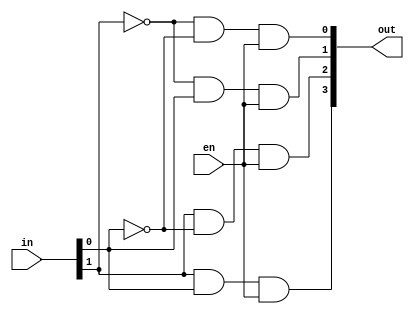
module dec2_4(out,in,en);

	input[1:0] in;
	input en;
	output[3:0] out;
	wire[1:0] nin;
	not not0(nin[0],in[0]);
	not not1(nin[1],in[1]);
	and and0(out[0],nin[1],nin[0],en);
	and and1(out[1],nin[1],in[0],en);
	and and2(out[2],in[1],nin[0],en);
	and and3(out[3],in[1],in[0],en);
endmodule